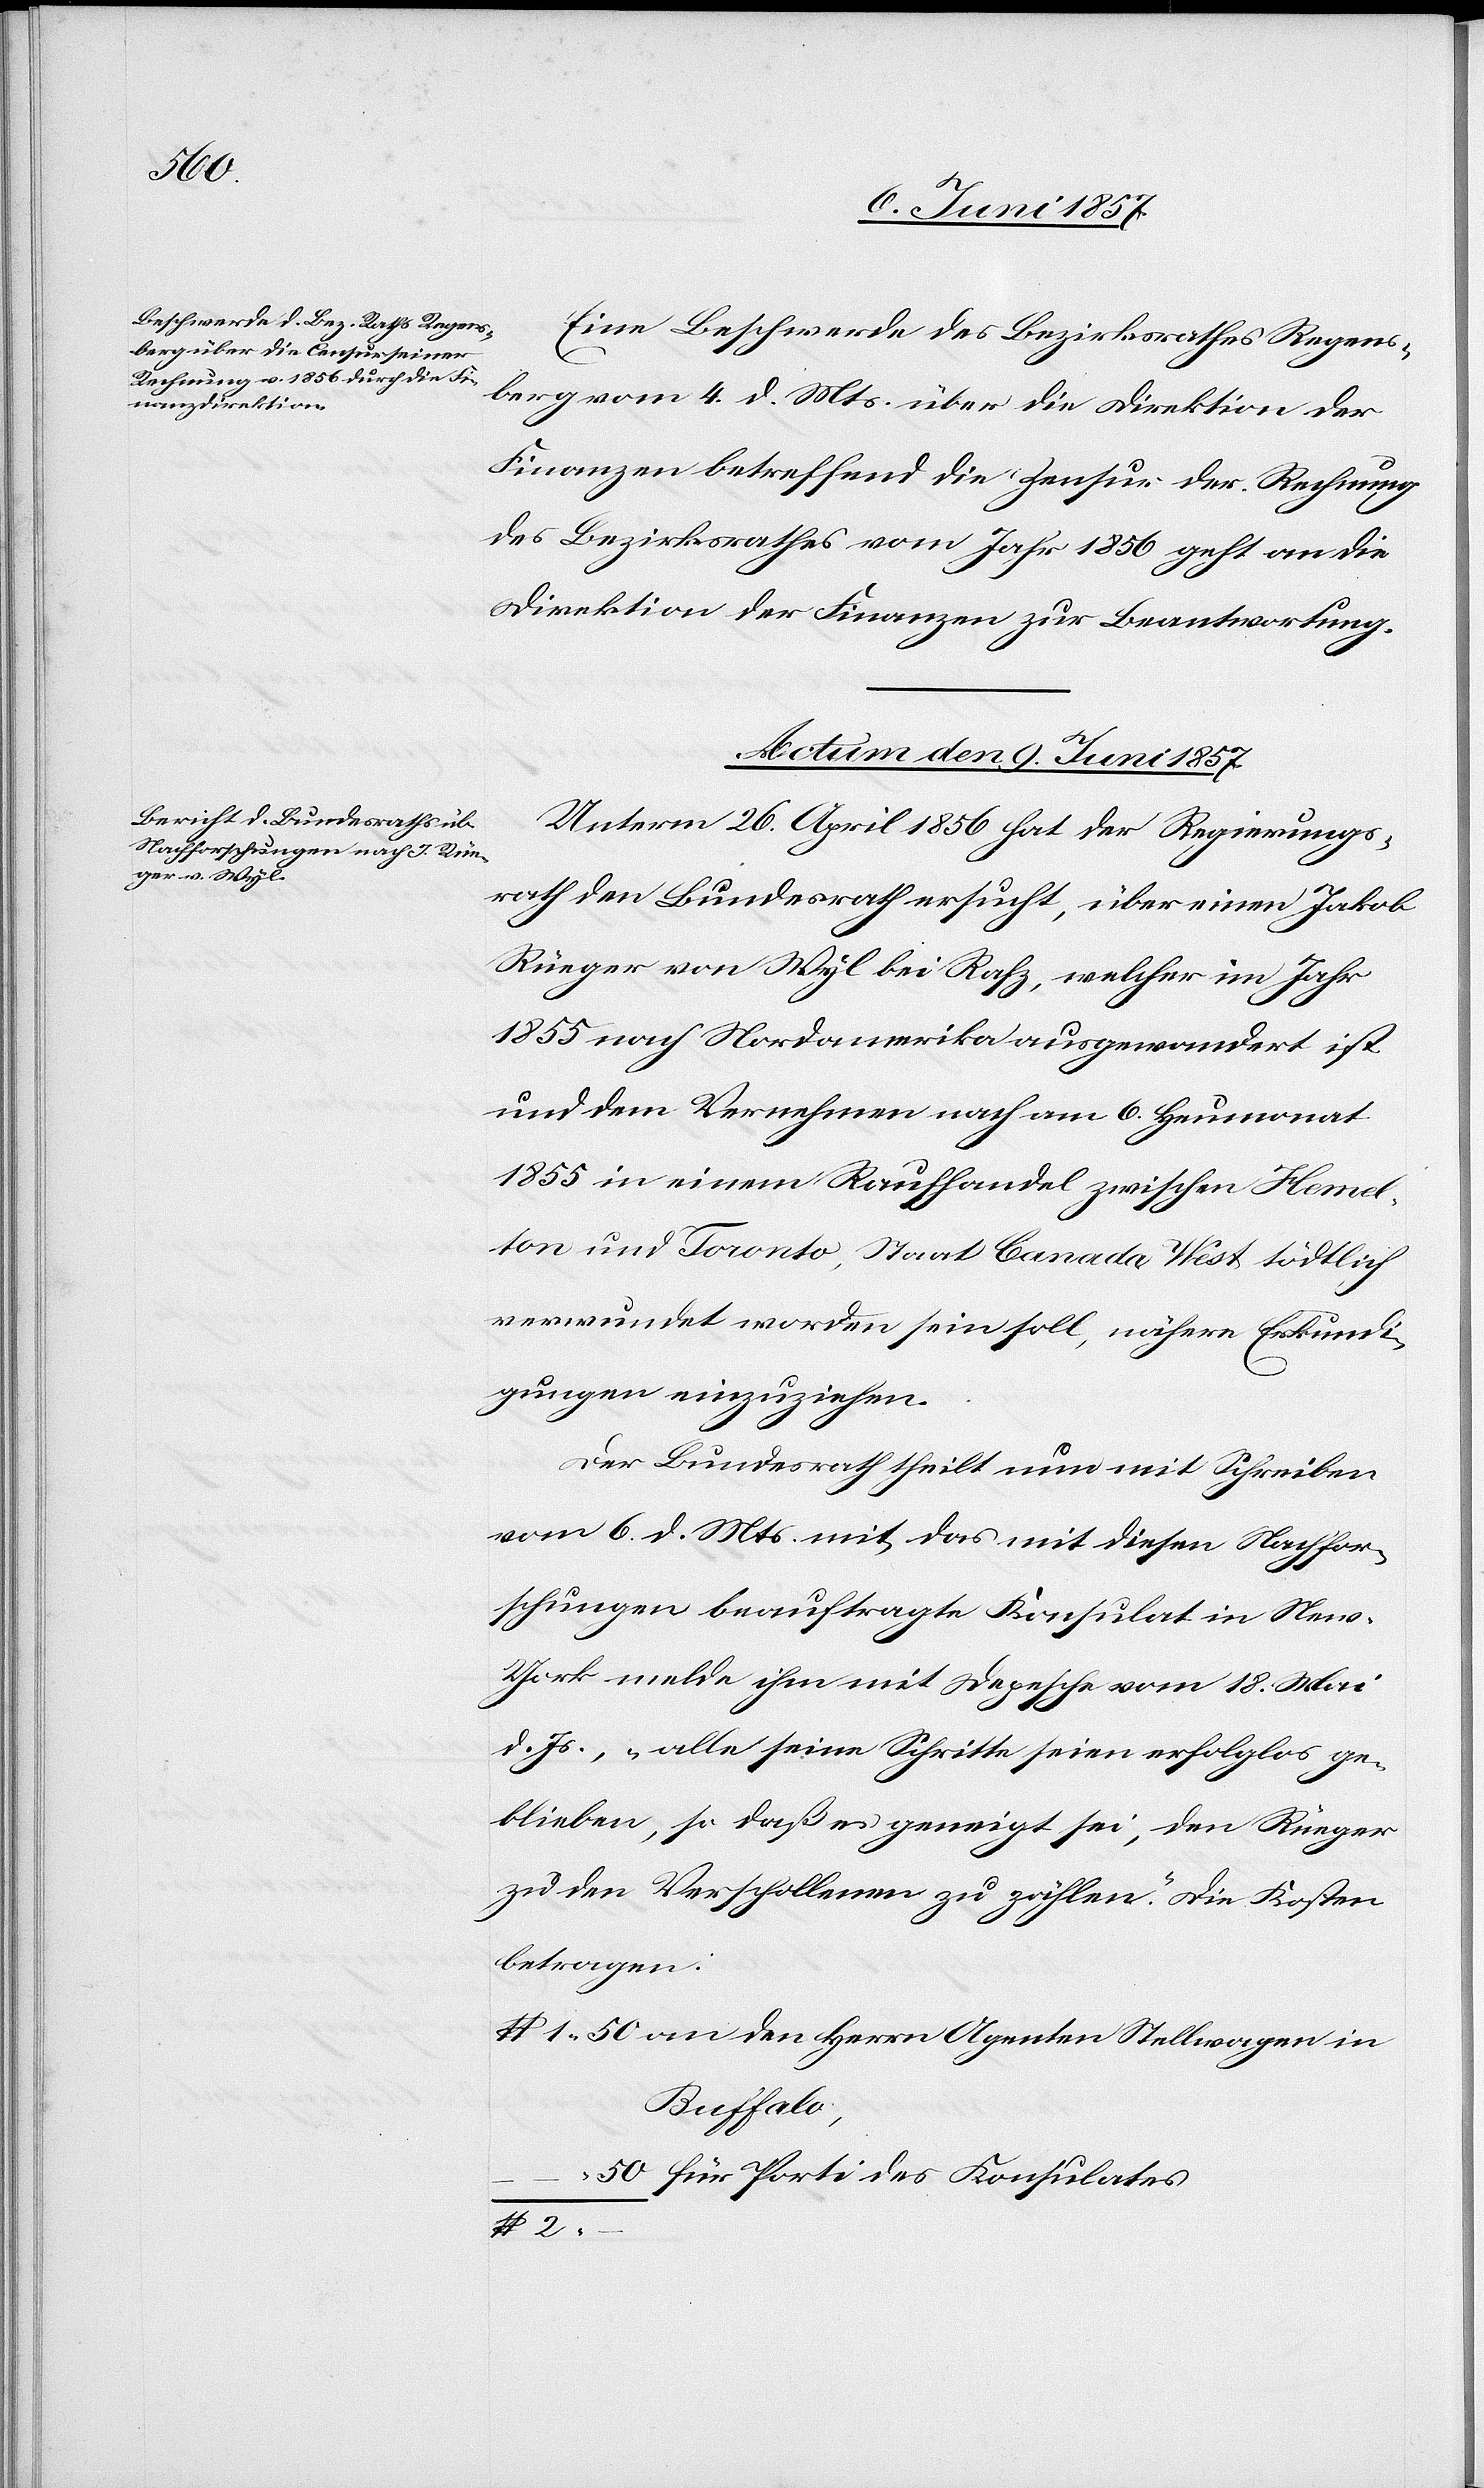
Eine Beschwerde des Bezirksrathes Regens¬
berg vom 4 d. Mts. über die Direktion der
Finanzen betreffend die Zensur der Rechnung
des Bezirksrathes vom Jahr 1856 geht an die
Direktion der Finanzen zur Beantwortung.
Actum den 9 Juni 1857.
Unterm 26 April 1856 hat der Regierungs¬
rath den Bundesrath ersucht, über einen Jakob
Rüeger von Wyl bei Rafz, welcher im Jahr
1855 nach Nordamerika ausgewandert ist
und dem Vernehmen nach am 6 Heumonat
1855 in einem Raufhandel zwischen zwis¬
ton und Toronto, Staat Canada West tödtlich
verwundet worden sein soll, nähere Erkundi¬
gungen einzuziehen.
Der Bundesrath theilt nun mit Schreiben
vom 6 d. Mts. mit das mit diesen Nachfor¬
schungen beauftragte Konsulat in Ne¬
w-York melde ihm mit Depesche vom 18 Mai
d. Js., „alle seine Schritte seien erfolglos ge¬
blieben, so daß es geneigt sei, den Rüeger
zu den Verschollenen zu zählen.“ Die Kosten
betragen:
$ 1. 50 an den Herrn Agenten Stellwagen in
Buffalo,
50 für Porti des Konsulates
chen Hemel¬
$ 2.